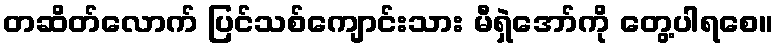
တဆိတ်လောက် ပြင်သစ်ကျောင်းသား မီရှဲအော်ကို တွေ့ပါရစေ။